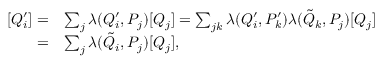
\begin{array} { r l } { [ Q _ { i } ^ { \prime } ] = } & { \sum _ { j } \lambda ( Q _ { i } ^ { \prime } , P _ { j } ) [ Q _ { j } ] = \sum _ { j k } \lambda ( Q _ { i } ^ { \prime } , P _ { k } ^ { \prime } ) \lambda ( \tilde { Q } _ { k } , P _ { j } ) [ Q _ { j } ] } \\ { = } & { \sum _ { j } \lambda ( \tilde { Q } _ { i } , P _ { j } ) [ Q _ { j } ] , } \end{array}